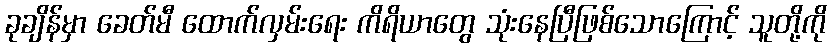
ခုချိန်မှာ ခေတ်မီ ထောက်လှမ်းရေး ကိရိယာတွေ သုံးနေပြီဖြစ်သောကြောင့် သူတို့ကို